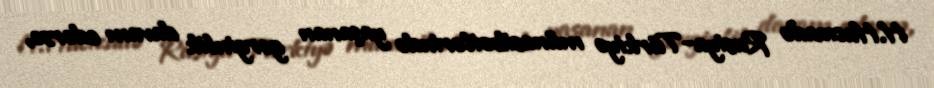
H.Hacızadə Rusiya-Türkiyə münasibətlərində yaşanan gərginlik davam edərsə,